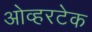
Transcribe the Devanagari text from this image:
ओव्हरटेक